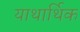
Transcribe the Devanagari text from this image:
याथार्थिक